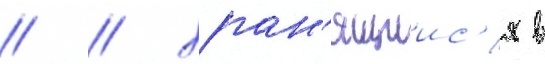
// / хран'ящиис'я в